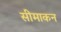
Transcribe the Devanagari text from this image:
सीमाकन